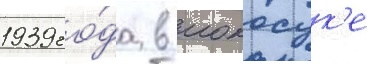
1939 го́да в иокосук'е